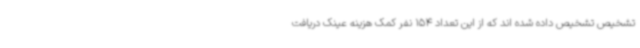
تشخیص تشخیص داده شده اند که از این تعداد 154 نفر کمک هزینه عینک دریافت